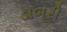
ડાબરી